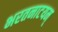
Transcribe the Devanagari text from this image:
भरतनाटयम्